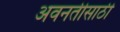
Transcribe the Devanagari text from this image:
अवनतीसाठी